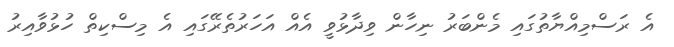
އެ ރަސްމިއްޔާތުގައި މެންބަރު ނިހާން ވިދާޅުވީ އެއް އަހަރުތެރޭގައި އެ މިސްކިތް ހުޅުވާއިރު